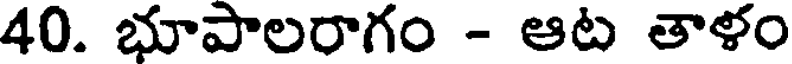
40. భూపాలరాగం - ఆట తాళం